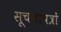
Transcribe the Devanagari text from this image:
सूचनापत्रों